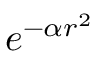
e ^ { - \alpha r ^ { 2 } }